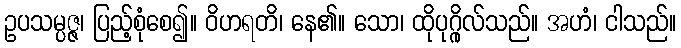
ဥပသမ္ပဇ္ဇ၊ ပြည့်စုံစေ၍။ ဝိဟရတိ၊ နေ၏။ သော၊ ထိုပုဂ္ဂိုလ်သည်။ အဟံ၊ ငါသည်။